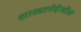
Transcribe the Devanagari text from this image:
शास्त्रानेदेखील